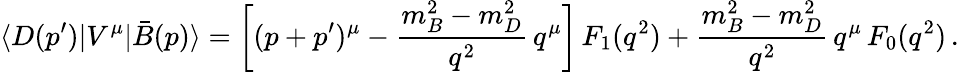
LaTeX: \langle D(p^{\prime})|V^{\mu}|\bar{B}(p)\rangle=\bigg[(p+p^{\prime})^{\mu}-{\frac{m_{B}^{2}-m_{D}^{2}}{q^{2}}}\, q^{\mu}\bigg]\, F_{1}(q^{2})+{\frac{m_{B}^{2}-m_{D}^{2}}{q^{2}}}\, q^{\mu}\, F_{0}(q^{2})\, .